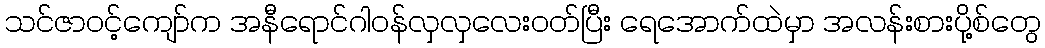
သင်ဇာဝင့်ကျော်က အနီရောင်ဂါဝန်လှလှလေးဝတ်ပြီး ရေအောက်ထဲမှာ အလန်းစားပို့စ်တွေ